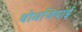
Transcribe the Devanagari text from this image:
बोमजियाई